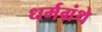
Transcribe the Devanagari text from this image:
धर्मग्रंथे